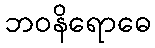
ဘဝနိရောဓေ